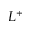
L ^ { + }